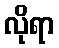
လိုရာ